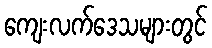
ကျေးလက်ဒေသများတွင်